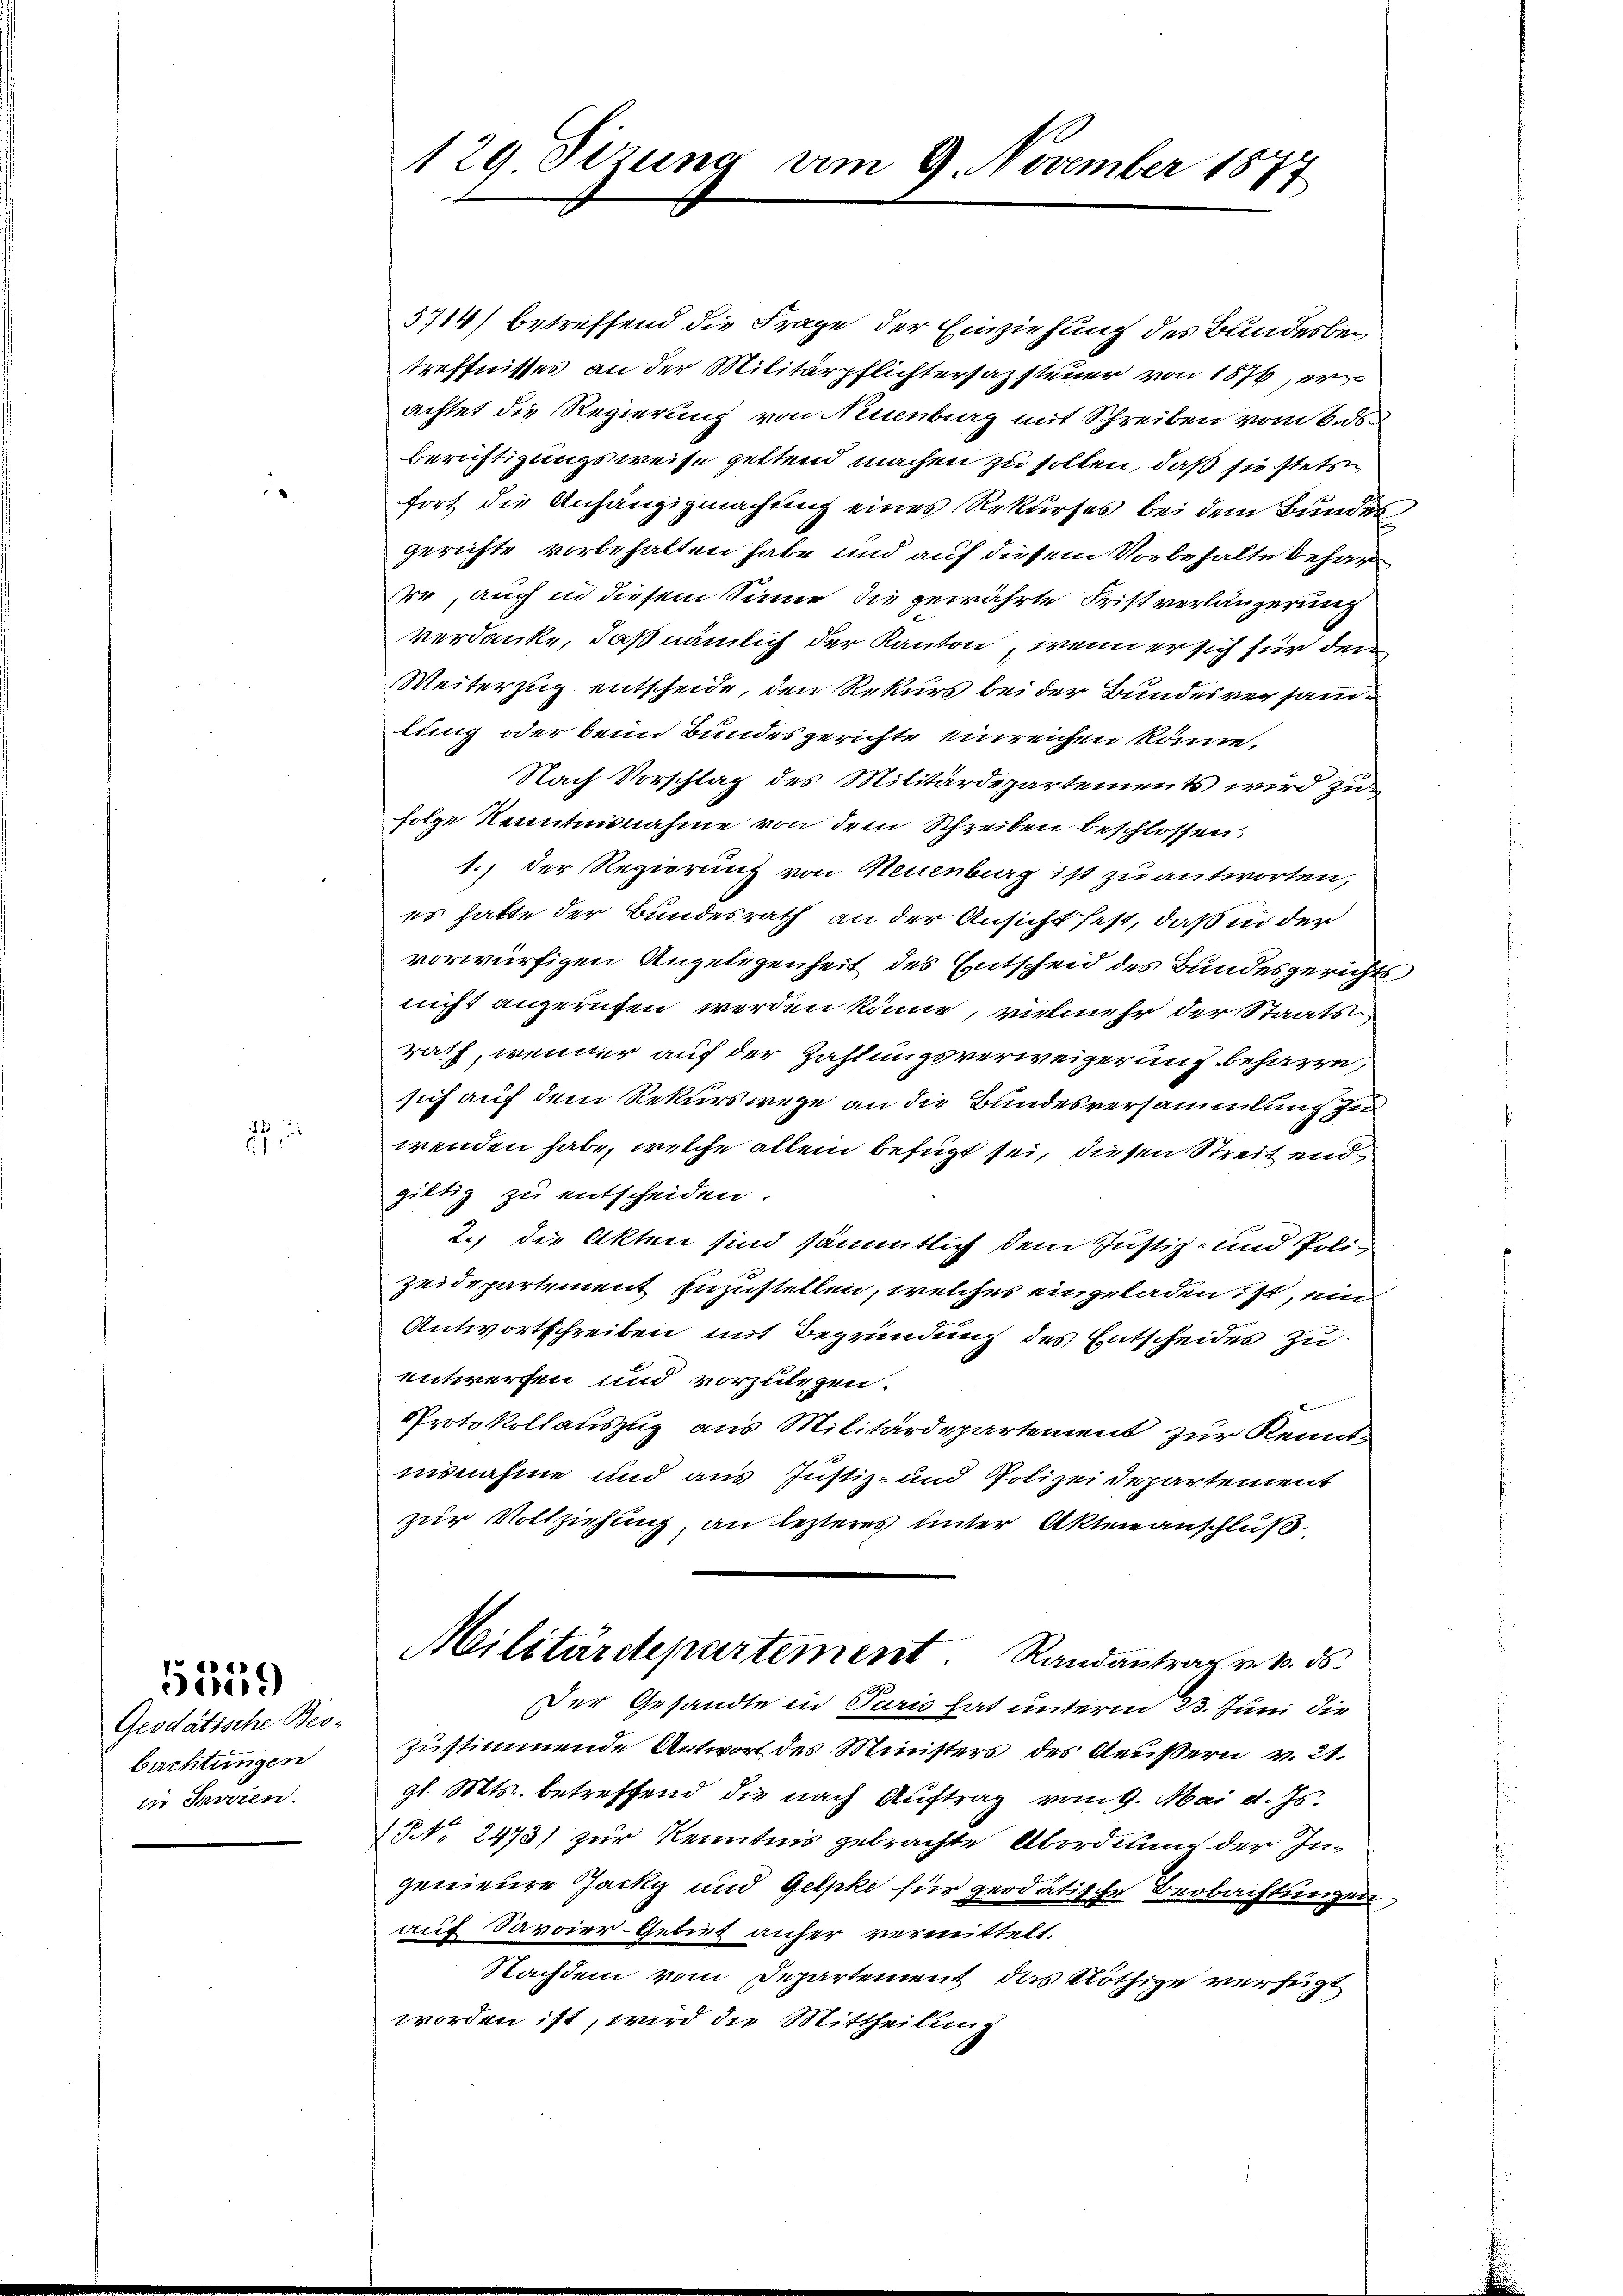
.

2
f

Geodätische Beo-
bachtungen
in Jarrien.

5359

5714) betreffend die Frage der Einziehung des Bundesbei
treffnisses an der Militärpflichtersazsteuer von 1876, erachtet die Regierung von Neuenburg mit Schreiben vom Bud
Berichtigungsweise geltend machen zu sollen, daß sie stets
fort die Anhängigmachtung eines Rekurses bei dem Bundes
gerichte vorbehalten habe und auf diesem Vorbehalte beharrre, auch in diesem Sinne die gewährte Fristverlängerung
verdanke, daß nämlich der Kanton, wenn er sich für den
Weiterzug entscheide, den Rekurs bei der Bundesversamlung oder beim Bundesgerichte einreichen könne.
Nach Vorschlag des Militärdepartements wird zu
folge Kenntnisnahme von dem Schreiben beschlossen:
1.) Der Regierung von Neuenburg ist zu antworten,
es hatte der Bundesrath an der Ansicht fest, daß in der
vorwürfigen Angelegenheit des Entscheid des Bundesgerichts
nicht angerufen werden könne, vielmehr der Staats
rath, wenner auf der Zahlungsverweigerung beharre,
sich auf dem Rekurswege an die Bundesversammlung
wenden habe, welche allein befügt sei, diesen Streit endgiltig zu entscheiden.
2.) die Akten sind sämmtlich dem Justiz- und Polizeidepartement zuzustellen, welches eingeladen ist, ein
Antwortschreiben mit Begründung des Entscheides zu
entwerfen und vorzulegen.
Protokollauszug aus Militärdepartement zur Kenntisnahme und aus Justiz- und Polizeidepartement
zur Vollziehung, an lezteres unter Aktenanschluß
Militärdepartement. Randantrag v. 10. ds.
Der Gesandte in Paris hat unterm 23. Juni die
zustimmende Antwort des Ministers des Aeußern v. 21.
gl. Mts. betreffend die nach Auftrag vom 9. Mai d. Js.
1 No 2473) zur Kenntnis gebrachte Abordnung der Ingenieure Jacky und Gelpke für geodatische Beobachtungen
auf Savoier-Gebiet anher vermittelt.
Nachdem vom Departement das Nöthige verfügt
worden ist, wird die Mittheilung

129 Sizung am 9. November 1877